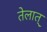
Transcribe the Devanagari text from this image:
तेलात्